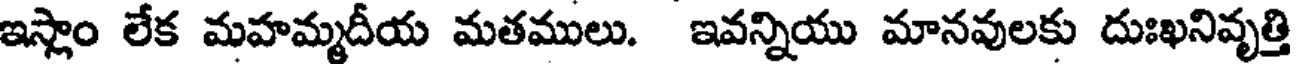
ఇస్లాం లేక మహమ్మదీయ మతములు. ఇవన్నియు మానవులకు దుఃఖనివృత్తి